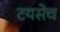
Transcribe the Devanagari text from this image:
टयसेच